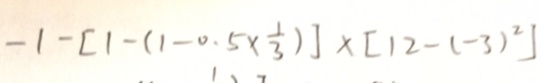
- 1 - [ 1 - ( 1 - 0 . 5 \times \frac { 1 } { 3 } ) ] \times [ 1 2 - ( - 3 ) ^ { 2 } ]